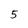
Character: 5